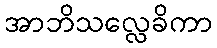
အာဘိသလ္လေခိကာ